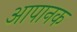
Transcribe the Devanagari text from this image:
आपानक